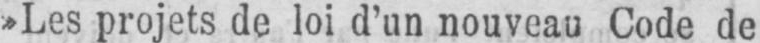
»Les projets de loi d’un nouveau Code de